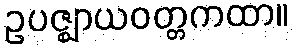
ဥပဇ္ဈာယဝတ္တကထာ။